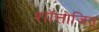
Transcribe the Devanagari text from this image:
शॉत्तोजित्